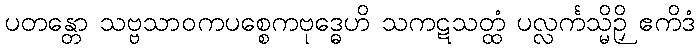
ပတန္တော သဗ္ဗသာဝကပစ္စေကဗုဒ္ဓေဟိ သကဋသတ္ထံ ပလ္လင်္ကသ္မိဉှိ ဧကိဒံ